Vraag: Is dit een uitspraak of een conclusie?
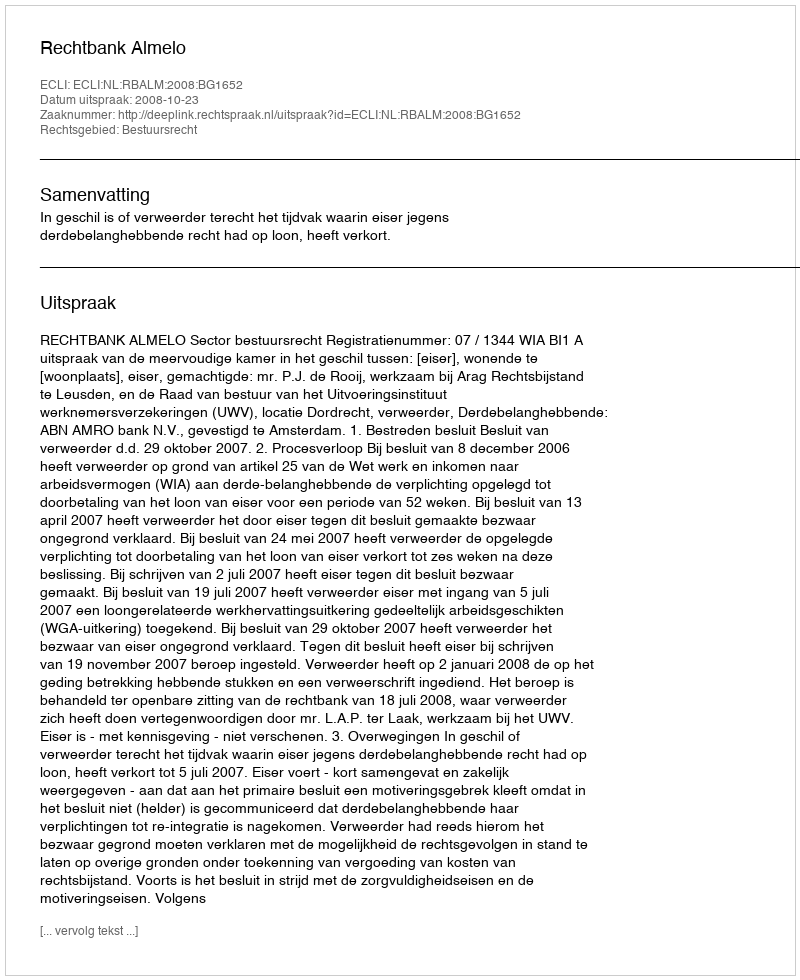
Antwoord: Uitspraak